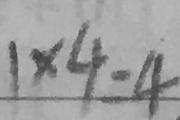
1 \times 4 = 4